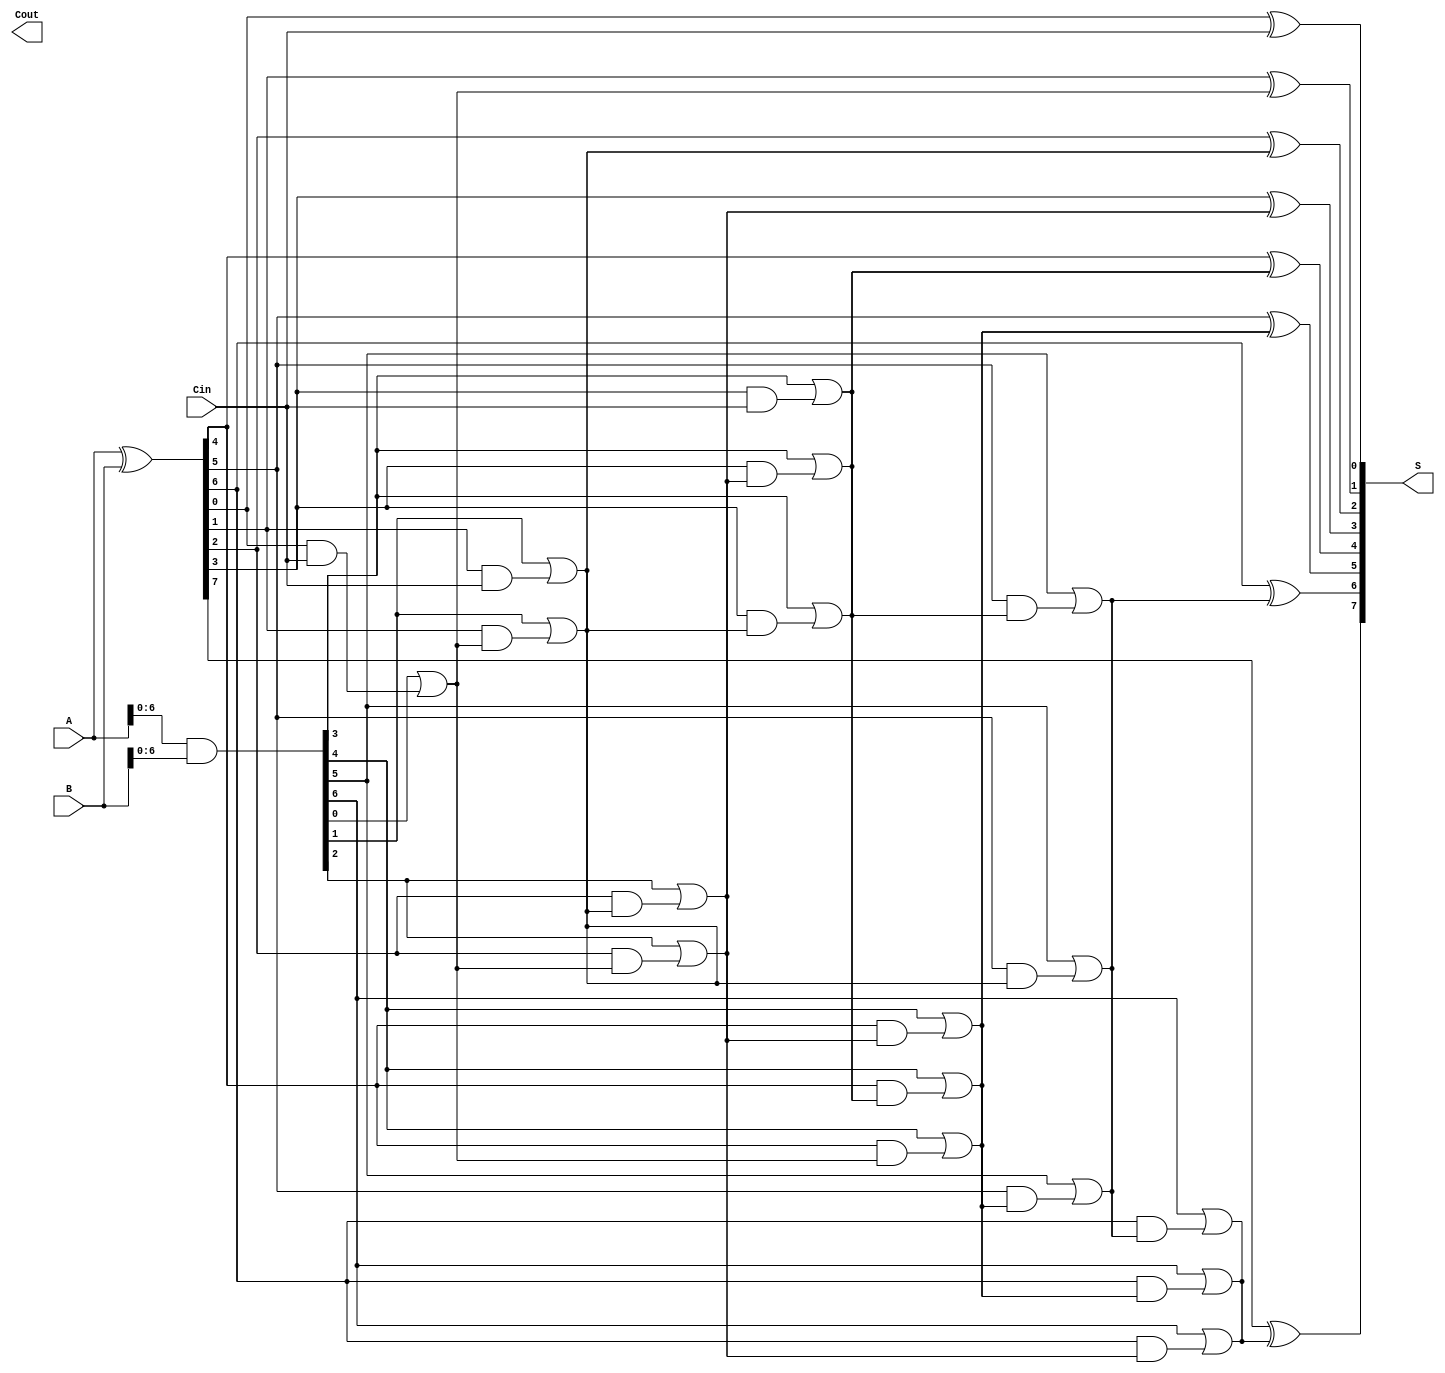
module ParallelPrefixAdder #(parameter N = 8) (
    input  wire [N-1:0] A,        // First input
    input  wire [N-1:0] B,        // Second input
    input  wire Cin,               // Carry-in
    output wire [N-1:0] S,         // Sum output
    output wire Cout               // Carry-out
);

    // Generate and Propagate signals
    wire [N-1:0] P; // Propagate
    wire [N-1:0] G; // Generate
    wire [N:0] C;   // Carry signals (C[0] = Cin)

    assign P = A ^ B; // P[i] = A[i] XOR B[i]
    assign G = A & B; // G[i] = A[i] AND B[i]
    
    // Carry signals initialization
    assign C[0] = Cin; // C[0] is the carry-in

    // Level 1
    genvar i;
    generate
        for (i = 0; i < N-1; i = i + 1) begin : level1
            assign C[i+1] = G[i] | (P[i] & C[i]);
        end
    endgenerate

    // Level 2 (Kogge-Stone style)
    generate
        for (i = 0; i < N-2; i = i + 1) begin : level2
            assign C[i+2] = G[i+1] | (P[i+1] & C[i]);
        end
    endgenerate

    // Level 3
    generate
        for (i = 0; i < N-4; i = i + 1) begin : level3
            assign C[i+4] = G[i+3] | (P[i+3] & C[i]);
        end
    endgenerate

    // Final carry-out
    assign Cout = C[N];

    // Sum calculation
    generate
        for (i = 0; i < N; i = i + 1) begin : sum
            assign S[i] = P[i] ^ C[i]; // S[i] = P[i] XOR C[i]
        end
    endgenerate

endmodule